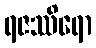
ရဇဿိရော